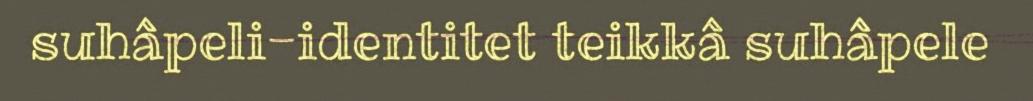
suhâpeli-identitet teikkâ suhâpele